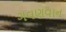
ગવણવાન